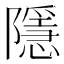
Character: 隱